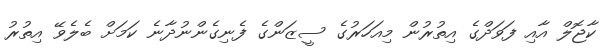
ކާޖޮލް އާއި ފަވަދްގެ އިތުރުން މިއަހަރުގެ ސީޒަންގެ ފެނިގެންނުދާނެ ކަމަށް ބެލެވޭ އިތުރު